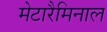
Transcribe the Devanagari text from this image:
मेटारैमिनाल